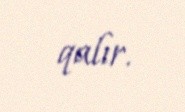
qalır.